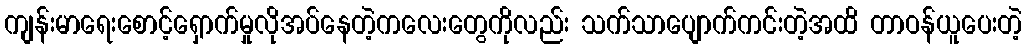
ကျန်းမာရေးစောင့်ရှောက်မှုလိုအပ်နေတဲ့ကလေးတွေကိုလည်း သက်သာပျောက်ကင်းတဲ့အထိ တာဝန်ယူပေးတဲ့